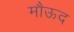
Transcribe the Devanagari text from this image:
मौऊद